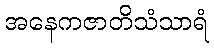
အနေကဇာတိသံသာရံ